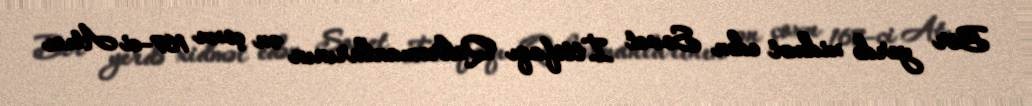
Bir yerdə xidmət edən Sovet İttifaqı Qəhrəmanlarının ən çoxu 167-ci Atıcı